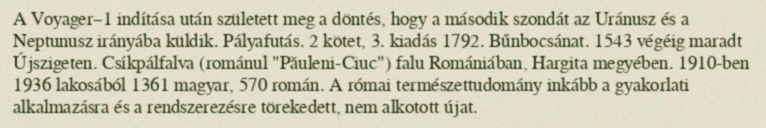
A Voyager–1 indítása után született meg a döntés, hogy a második szondát az Uránusz és a Neptunusz irányába küldik. Pályafutás. 2 kötet, 3. kiadás 1792. Bűnbocsánat. 1543 végéig maradt Újszigeten. Csíkpálfalva (románul "Păuleni-Ciuc") falu Romániában, Hargita megyében. 1910-ben 1936 lakosából 1361 magyar, 570 román. A római természettudomány inkább a gyakorlati alkalmazásra és a rendszerezésre törekedett, nem alkotott újat.